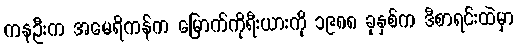
ကနဦးက အမေရိကန်က မြောက်ကိုရီးယားကို ၁၉၈၈ ခုနှစ်က ဒီစာရင်းထဲမှာ